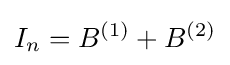
I_{n}=B^{(1)}+B^{(2)}